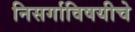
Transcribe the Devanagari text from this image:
निसर्गाविषयीचे